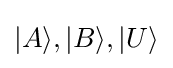
|A\rangle ,|B\rangle ,|U\rangle